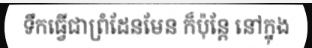
ទឹកធ្វើជាព្រំដែនមែន ក៏ប៉ុន្តែ នៅក្នុង